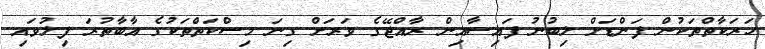
ހަރަކާތްތަކުން ފަންޑަށް ލިބުނު ފައިސާއިން ރާއްޖޭގެ ވަރަށް ގިނަ މިސްކަތްތަކުގެ އާބާތުރަ ފިލުވައި